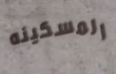
المسكينه